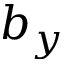
b _ { y }